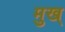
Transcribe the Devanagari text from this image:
मुख्